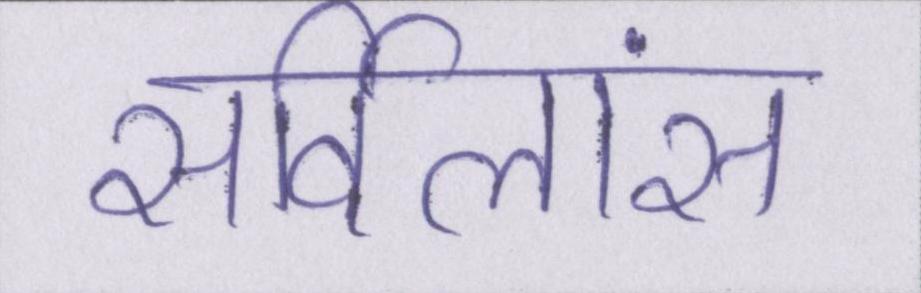
सर्विलांस